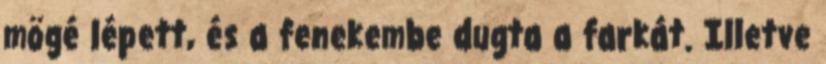
mögé lépett, és a fenekembe dugta a farkát. Illetve